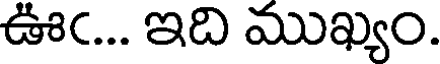
ఊఁ... ఇది ముఖ్యం.